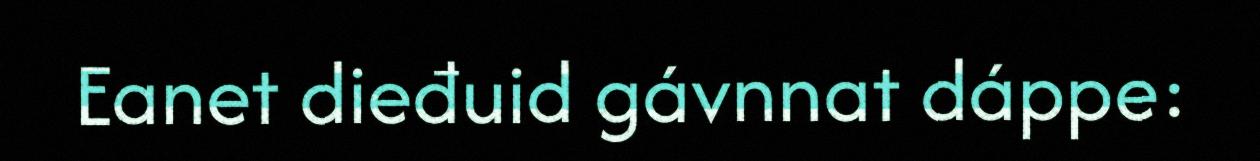
Eanet dieđuid gávnnat dáppe: